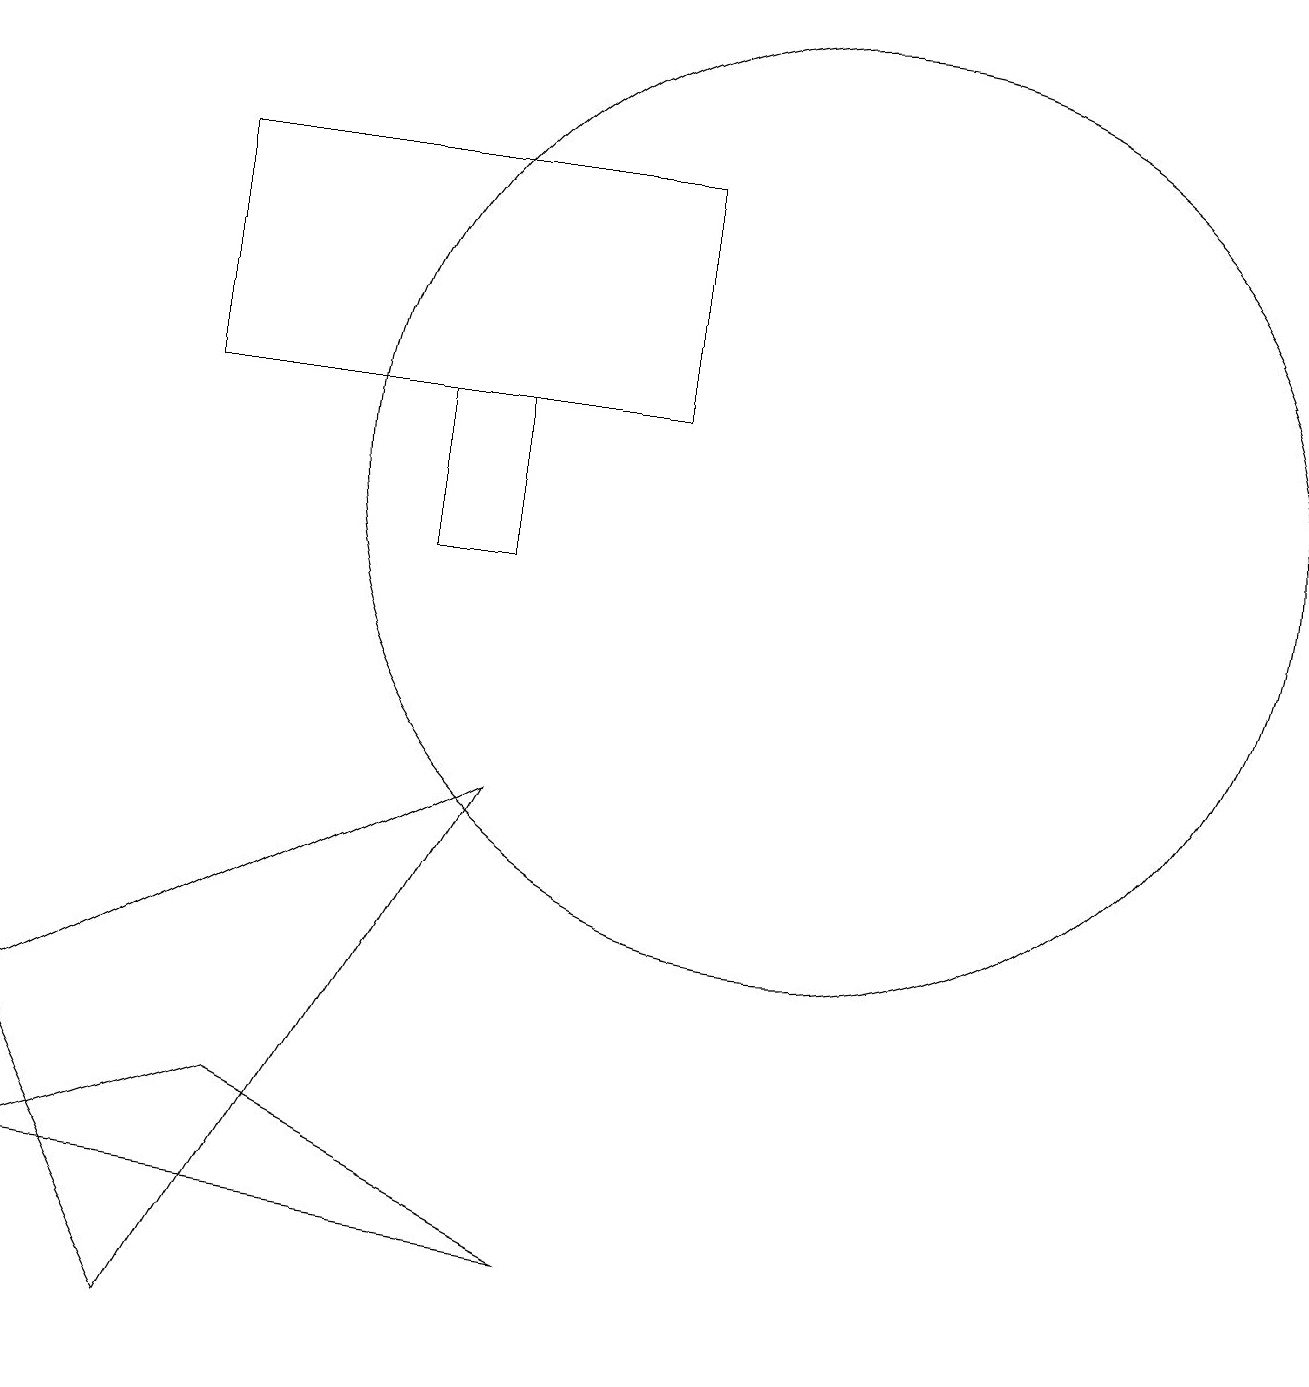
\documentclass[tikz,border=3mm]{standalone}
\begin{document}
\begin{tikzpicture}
\draw (0,2) -- (3,3) -- (7,1) -- cycle;
\draw (5,10) rectangle (6,12);
\draw (0,4) -- (2,0) -- (6,7) -- cycle;
\draw (2,12) rectangle (8,15);
\draw (10,11) circle (6);
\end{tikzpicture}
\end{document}